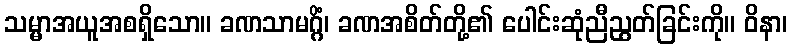
သမ္မာအယူအစရှိသော။ ခဏသာမဂ္ဂိံ၊ ခဏအစိတ်တို့၏ ပေါင်းဆုံညီညွတ်ခြင်းကို။ ဝိနာ၊